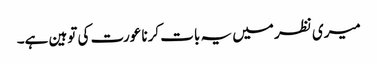
میری نظر میں یہ بات کرنا عورت کی توہین ہے۔